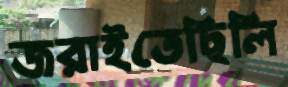
জরাইতেছিলি